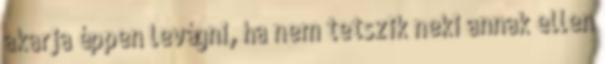
akarja éppen levágni, ha nem tetszik neki annak ellen